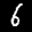
Digit: 6